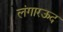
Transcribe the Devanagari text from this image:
लंगारऊद